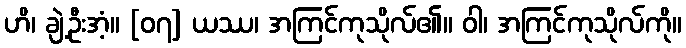
ဟိ၊ ချဲ့ဦးအံ့။ [၀၇] ယဿ၊ အကြင်ကုသိုလ်၏။ ဝါ၊ အကြင်ကုသိုလ်ကို။